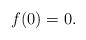
LaTeX: \begin{align*}f(0)=0.\end{align*}